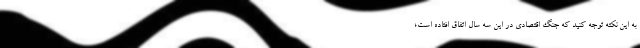
به این نکته توجه کنید که جنگ اقتصادی در این سه سال اتفاق افتاده است؛